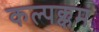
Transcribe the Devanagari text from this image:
कल्पक्कम